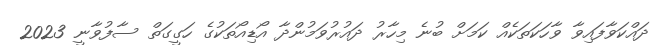
ދައްކަވާފައިވާ ވާހަކަތަކެއް ކަމަށް ބުނެ މިހާރު ދައުރުވަމުންދާ އޯޑިއޯތަކުގެ ހަގީގަތް ސާފުވާނީ 2023